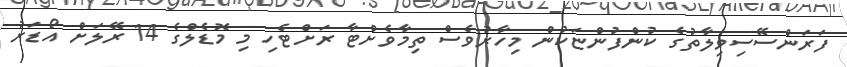
ފަރަންސޭސިވިލާތުގެ ކުންފުންޏަކުން މިހާރުވެސް ތިމާވެށްޓާ ރަށްޓެހި މި މޮޑެލްގެ 14 ރޭލަށް އޯޑަރު